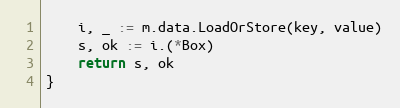
Language: Go
	i, _ := m.data.LoadOrStore(key, value)
	s, ok := i.(*Box)
	return s, ok
}